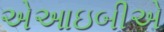
એઆઇબીએ